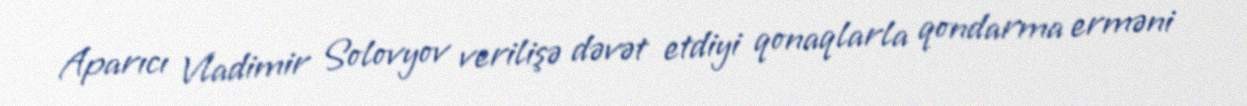
Aparıcı Vladimir Solovyov verilişə dəvət etdiyi qonaqlarla qondarma erməni